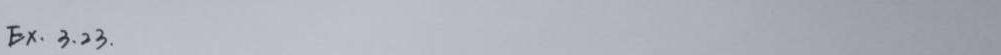
Ex. 3.23.